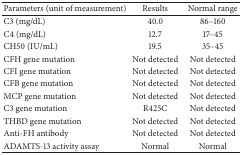
| Parameters (unit of measurement) | Results | Normal range |
 | --- | --- | --- |
 | C3 (mg/dL) | 40.0 | 86–160 |
 | C4 (mg/dL) | 12.7 | 17–45 |
 | CH50 (IU/mL) | 19.5 | 35–45 |
 | CFH gene mutation | Not detected | Not detected |
 | CFI gene mutation | Not detected | Not detected |
 | CFB gene mutation | Not detected | Not detected |
 | MCP gene mutation | Not detected | Not detected |
 | C3 gene mutation | R425C | Not detected |
 | THBD gene mutation | Not detected | Not detected |
 | Anti-FH antibody | Not detected | Not detected |
 | ADAMTS-13 activity assay | Normal | Normal |